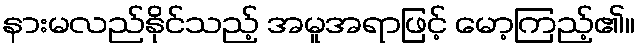
နားမလည်နိုင်သည့် အမူအရာဖြင့် မော့ကြည့်၏။